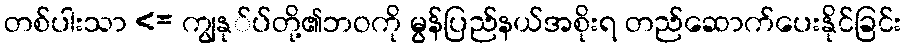
တစ်ပါးသာ <= ကျွနု်ပ်တို့၏ဘဝကို မွန်ပြည်နယ်အစိုးရ တည်ဆောက်ပေးနိုင်ခြင်း